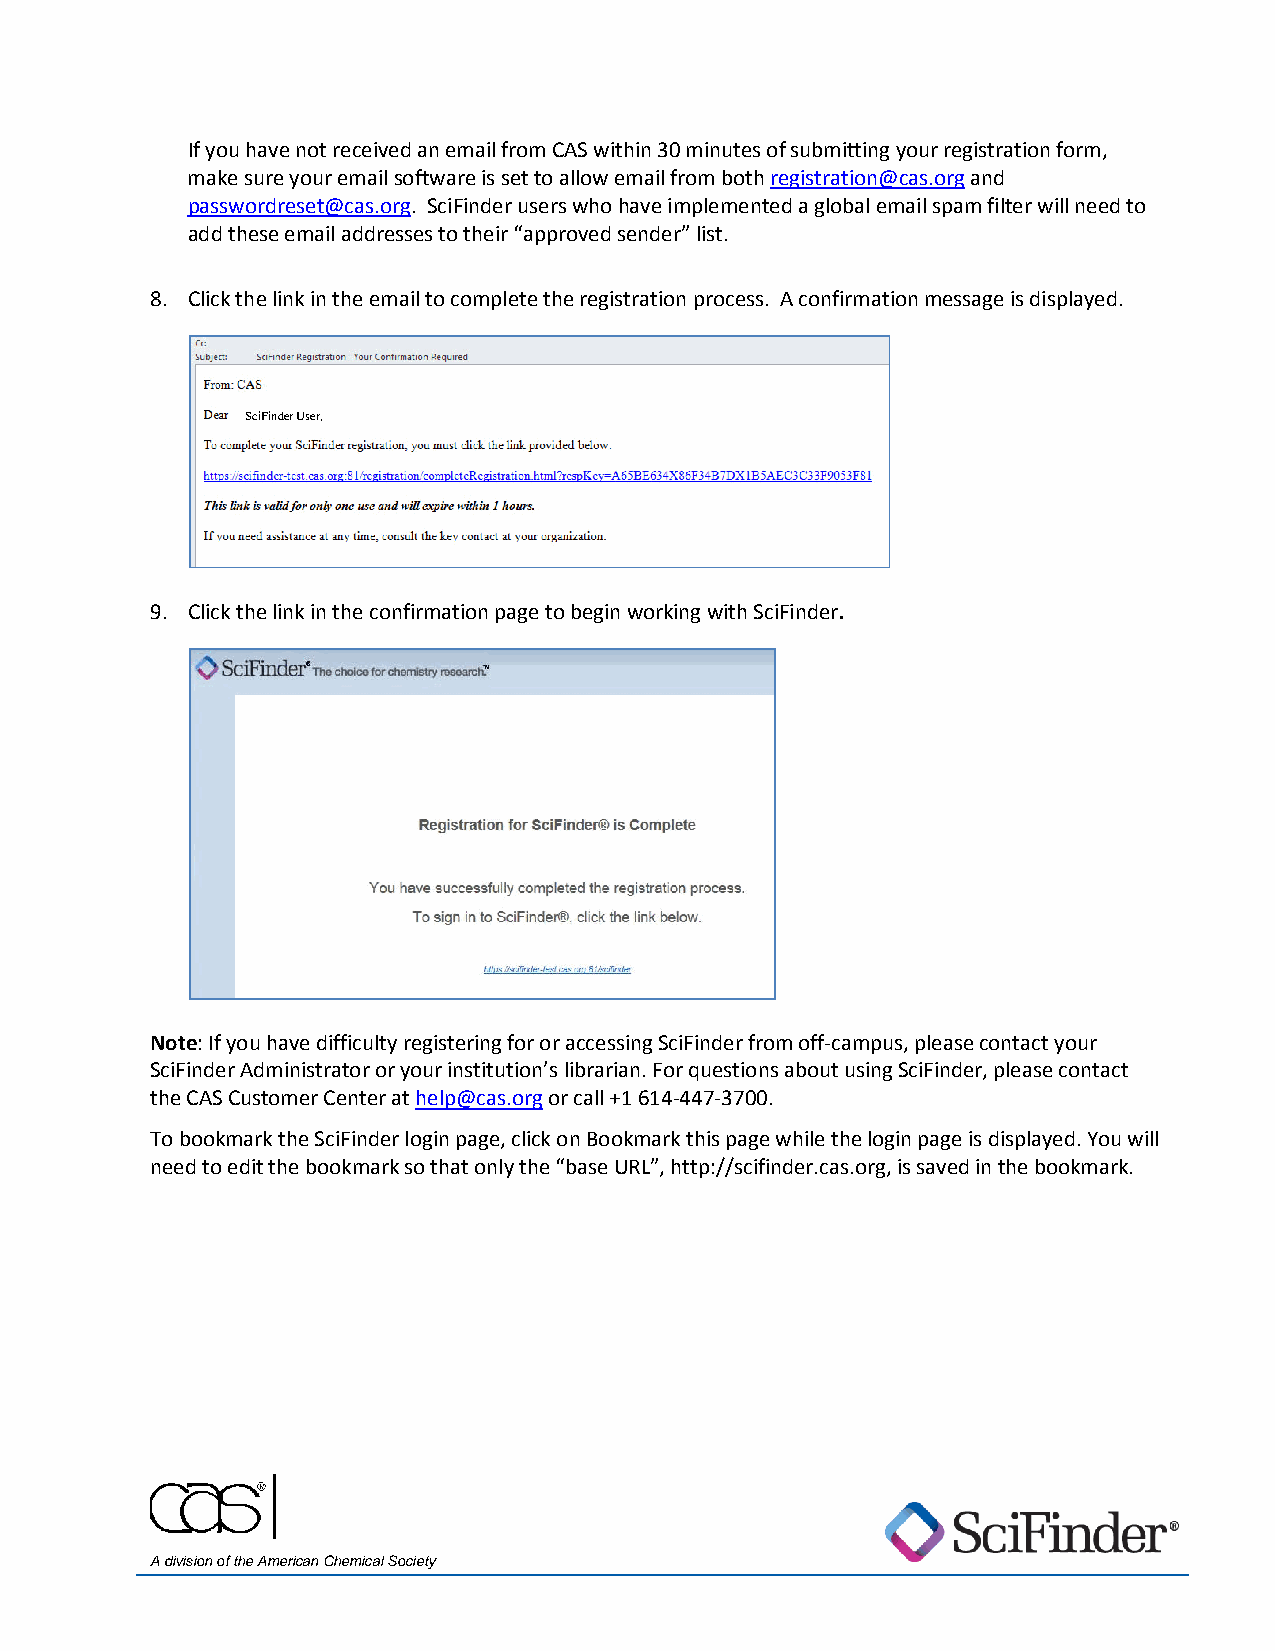
If you have not received an email from CAS within 30 minutes of submitting your registration form,
 make sure your email software is set to allow email from both registration@cas.org and
 passwordreset@cas.org. SciFinder users who have implemented a global email spam filter will need to
 add these email addresses to their “approved sender” list.
 8. Click the link in the email to complete the registration process. A confirmation message is displayed.
 SciFinder User,
 9. Click the link in the confirmation page to begin working with SciFinder.
 Note: If you have difficulty registering for or accessing SciFinder from off-campus, please contact your
 SciFinder Administrator or your institution’s librarian. For questions about using SciFinder, please contact
 the CAS Customer Center at help@cas.org or call +1 614-447-3700.
 To bookmark the SciFinder login page, click on Bookmark this page while the login page is displayed. You will
 need to edit the bookmark so that only the “base URL”, http://scifinder.cas.org, is saved in the bookmark.
 A division of the American Chemical Society